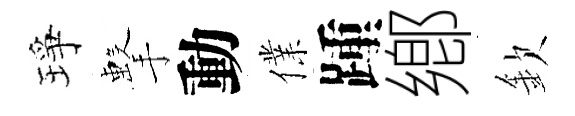
琤擊動㒒踵鄕欽